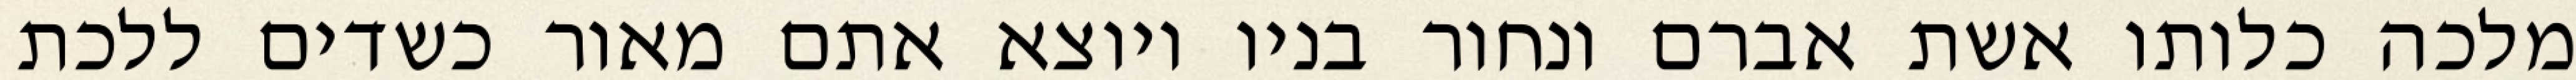
מלכה כלותו אשת אברם ונחור בניו ויוצא אתם מאור כשדים ללכת